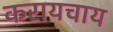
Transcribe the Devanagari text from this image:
करायचाय